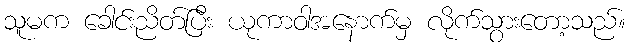
သူမက ခေါင်းညိတ်ပြီး ယုကာဝါအနောက်မှ လိုက်သွားတော့သည်။